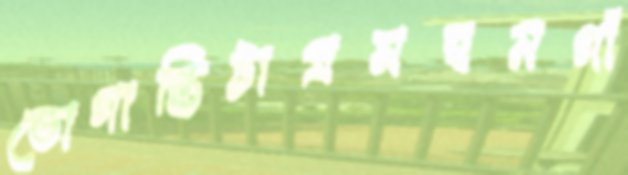
ভোগান্তিটাপ্রসহনগাঁ